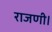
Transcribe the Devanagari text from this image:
राजणी।